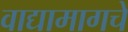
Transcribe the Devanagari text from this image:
वाद्यामागचे